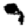
Digit: 9